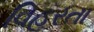
વિહરતા